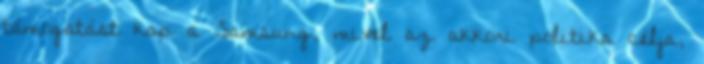
támogatást kap a Samsung, mivel az akkori politika célja,